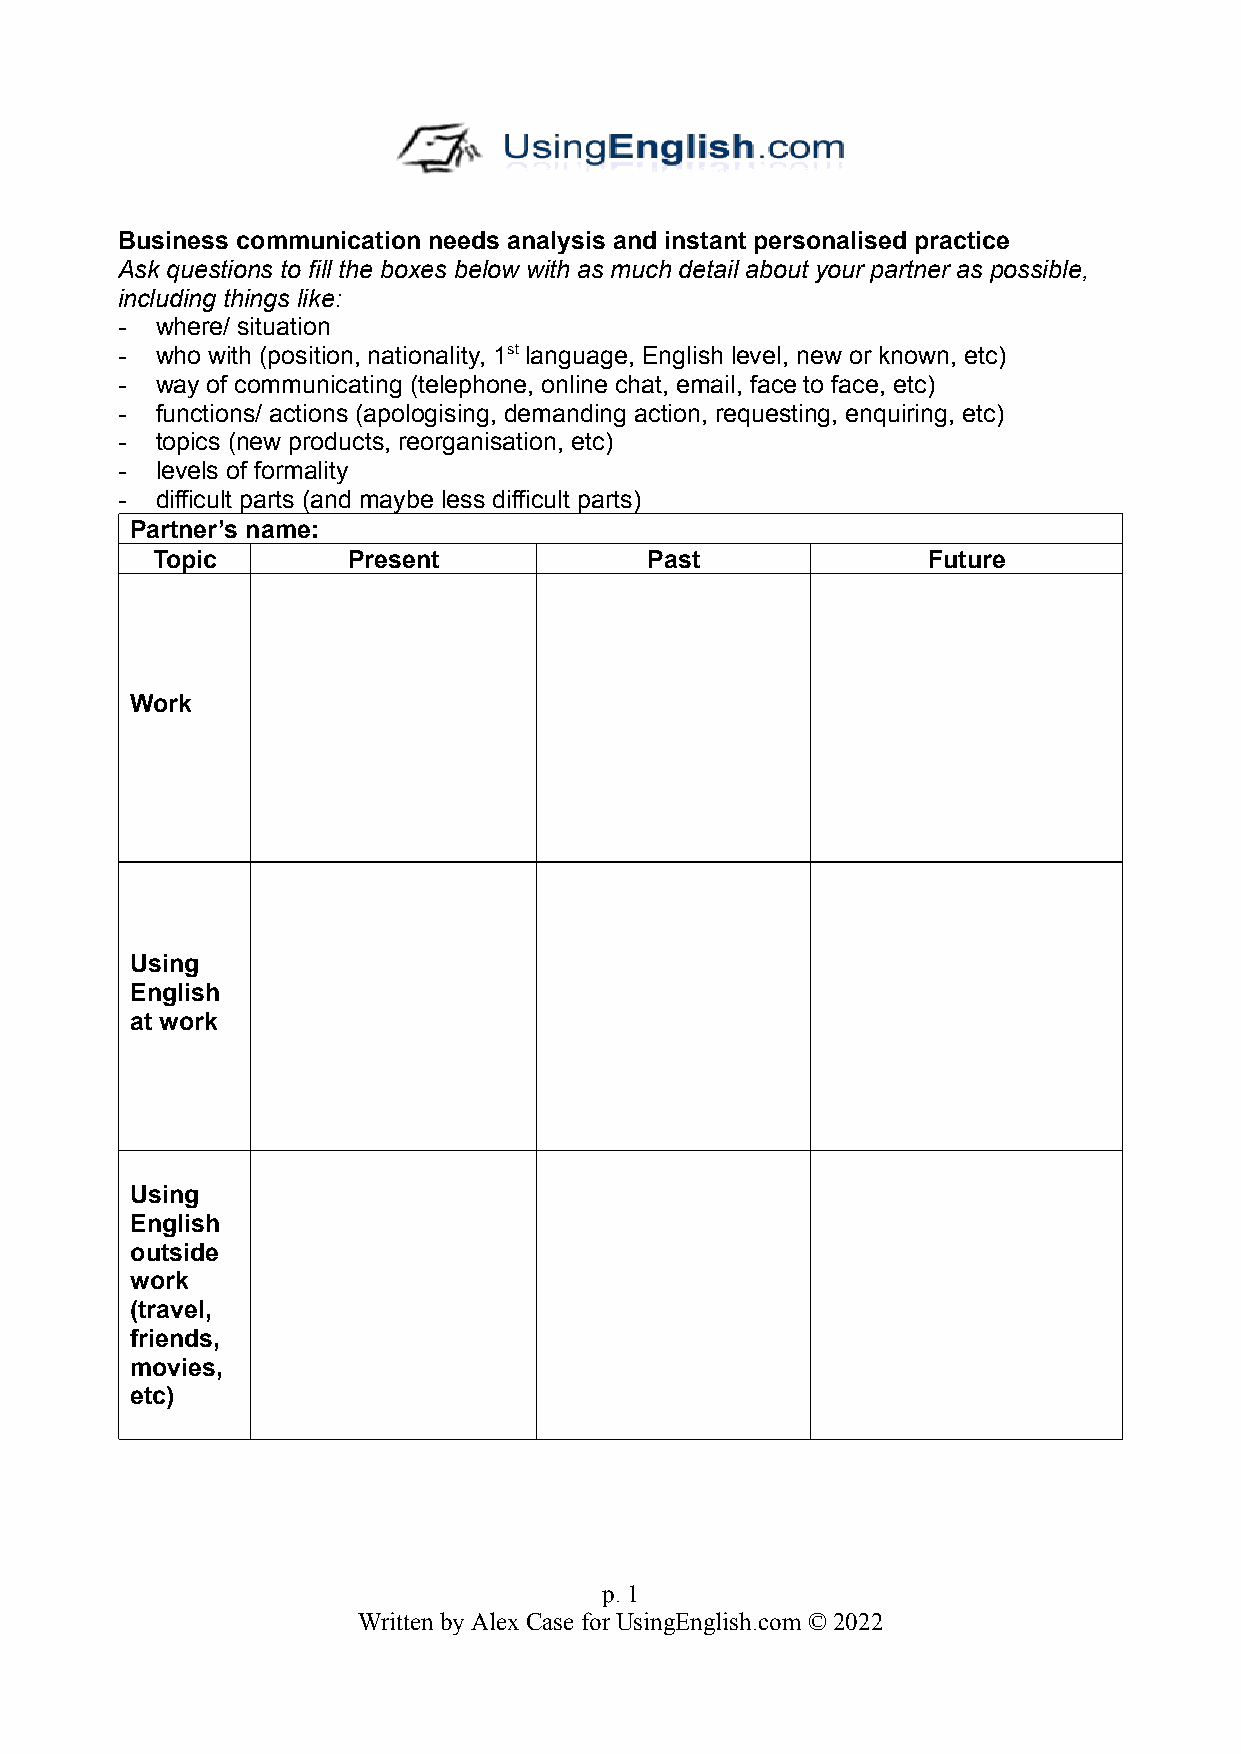
Business communication needs analysis and instant personalised practice
 Ask questions to fill the boxes below with as much detail about your partner as possible,
 including things like:
 - where/ situation
 - who with (position, nationality, 1st language, English level, new or known, etc)
 - way of communicating (telephone, online chat, email, face to face, etc)
 - functions/ actions (apologising, demanding action, requesting, enquiring, etc)
 - topics (new products, reorganisation, etc)
 - levels of formality
 - difficult parts (and maybe less difficult parts)
 Partner’s name:
 Topic        Present             Past              Future
 Work
 Using
 English
 at work
 Using
 English
 outside
 work
 (travel,
 friends,
 movies,
 etc)
 p. 1
 Written by Alex Case for UsingEnglish.com © 2022